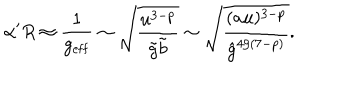
\alpha ^ { \prime } R \approx \frac { 1 } { g _ { \mathrm { e f f } } } \sim \sqrt { \frac { u ^ { 3 - p } } { \tilde { g } \tilde { b } } } \sim \sqrt { \frac { ( a u ) ^ { 3 - p } } { { \hat { g } } ^ { 4 / ( 7 - p ) } } } .